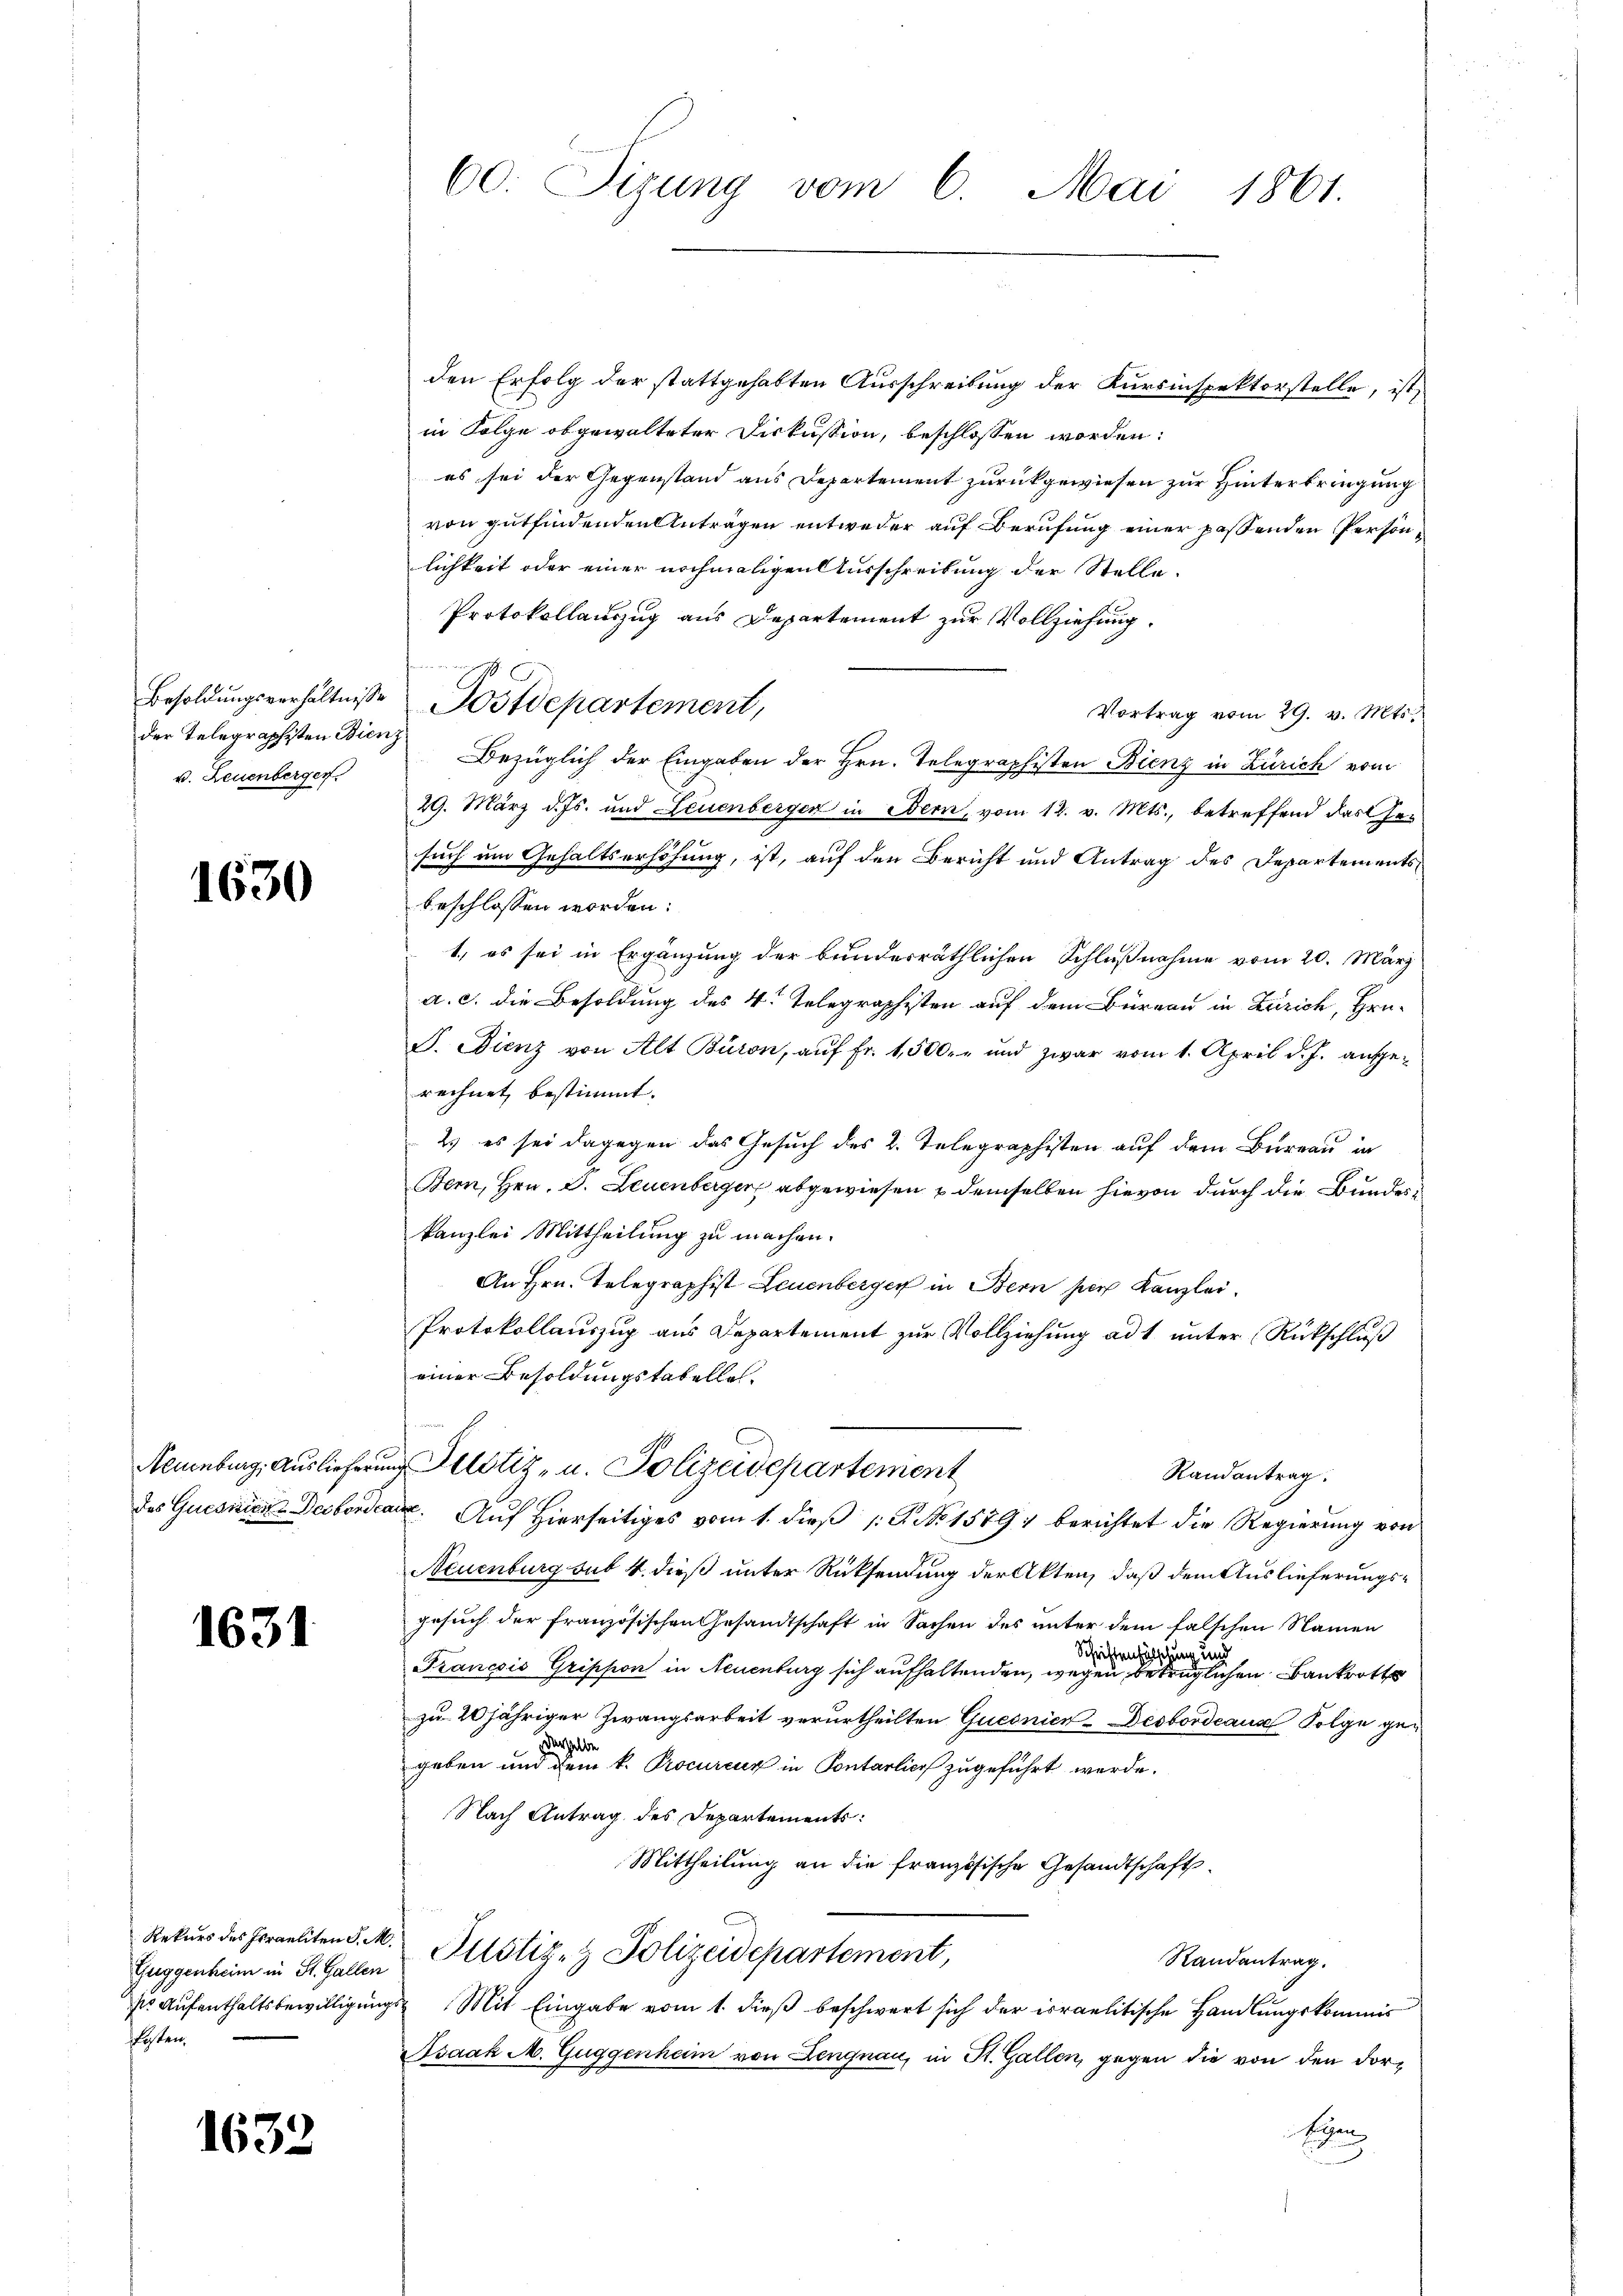
der Telegraphisten Bienz
u. Leuenberger

1630

1631

Rekurs des Israeliten S. M.
fosten.

1632

den Erfolg der stattgehabten Ausschreibung der Kursinspektorstelle, ist
in Folge obgewalteter Diskussion, beschlossen worden:
es sei der Gegenstand aus Departement zurückgewiesen zur Hinterbringung
von gutfindenden Antragen entweder auf Berufung einer passenden Persönlichkeit oder einer nochmaligen Ausschreibung der Stelle.
Protokollauszug aus Departement zur Vollziehung.
Vortrag vom 29. v. Mts.
Bezüglich der Eingaben der Hrn. Telegraphisten Bienz in Zürich vom
29. März d. Js. und Leuenberger in Bern, vom 12. v. Mts., betreffend das Gesuch um Gehaltserhöhung, ist, auf den Bericht und Antrag des Departementsbeschlossen worden:
1, es sei in Ergänzung der bunderräthlichen Schlußnahme vom 20. März
a. c. die Besoldung des 4. Telegraphisten auf dem Büreau in Zürich, Hrn.
J. Dienz von Alt Büron, auf Fr. 1,500.- und zwar vom 1. April d. J. angerechnet bestimmt.
2) es sei dagegen das Gesuch des 2. Telegraphisten auf dem Bureau in
Bern, Hrn. D. Leuenberger abgewiesen & demselben hievon durch die Bunderun
kanzlei Mittheilung zu machen.
An Hrn. Telegraphist Leuenberger in Bern per Kanzlei.
Protokollauszug aus Departement zur Vollziehung ad 1. unter Rückschluß
einer Besoldungstabelle.
Neuenburg, Auslieferung Helstiz- u. Polizeidepartement
Randantrag.
des Guesnien Desborden. Auf Hierseitiges vom 1. dieß P. Nr. 1579 berichtet die Regierung von
Neuenburg sub 4. dieß unter Rücksendung der Akten, daß dem Auslieferungs¬
Gesuch der französischen Gesandtschaft in Sachen des unter dem falschen Namen
Schriftenfälschung und
Francsis Grippon in Neuenburg sich aufhaltenden, wegen betrüglichen Bankrott
zu 20 jähriger Zwangsarbeit verurtheilten Quesnien-Desbordeause Folge gederselbe
geben und dem k. Procureur in Pontarlier zugeführt werde.
Nach Antrag des Departements:
Mittheilung an die französische Gesandtschaft
Guggenheim in St. Gallen Pitstiz- & Polizeidepartement,
Randantrag.
. Aŭfenthaltsbewilligŭngs- Mit Eingabe vom 1. dieβ beschwert sich der irraelitische Handlungskommis
Asaak M. Guggenheim von Lengnau, in St. Gallen, gegen die von den dor¬
Schan

60. Sizung vom 6. Mai 1861.

Besoldŭngsverhältniße Postdepartement,